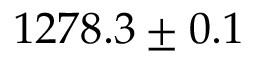
1 2 7 8 . 3 \pm 0 . 1